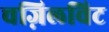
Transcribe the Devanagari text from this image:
चज़िलविट